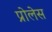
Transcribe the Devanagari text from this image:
प्रोलेस